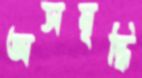
অসমৃদ্ধি